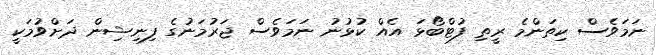
ނަމަވެސް ކިތަންމެ ރީތި ފުޓްބޯޅަ އެއް ކުޅުނު ނަމަވެސް ޖަރުމަނުގެ ފިނިޝިން ދަށްވުމަކީ